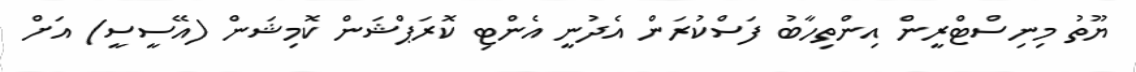
ޔޫތު މިނިސްޓްރީން އިންތިހާބު ފަސްކުރަން އެދުނީ އެންޓި ކޮރަޕްޝަން ކޮމިޝަން (އޭސީސީ) އަށް